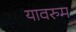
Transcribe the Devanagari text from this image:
यावरुम